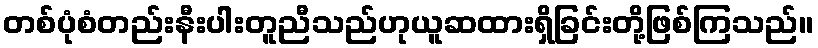
တစ်ပုံစံတည်းနီးပါးတူညီသည်ဟုယူဆထားရှိခြင်းတို့ဖြစ်ကြသည်။